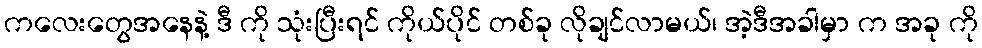
ကလေးတွေအနေနဲ့ ဒီ ကို သုံးပြီးရင် ကိုယ်ပိုင် တစ်ခု လိုချင်လာမယ်၊ အဲ့ဒီအခါမှာ က အခု ကို